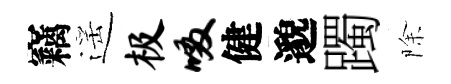
竊遥极啜健邈躅除